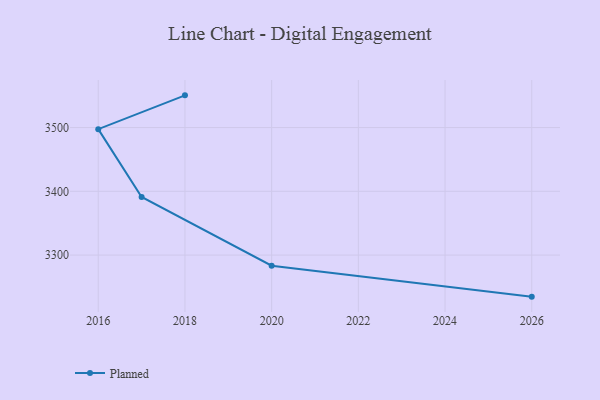
{"axis": {"x": "Year", "y": "Latency (ms)"}, "legend": ["Planned"], "data": [{"x": "2026", "y": 3234.8, "type": "Planned"}, {"x": "2020", "y": 3283.4, "type": "Planned"}, {"x": "2017", "y": 3391.1, "type": "Planned"}, {"x": "2016", "y": 3497.5, "type": "Planned"}, {"x": "2018", "y": 3550.5, "type": "Planned"}]}